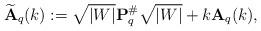
LaTeX: \begin{align*}{\bf \widetilde A}_q(k) := \sqrt{\vert W \vert} {\bf P}_q^\# \sqrt{\vert W \vert} + k{\bf A}_q(k),\end{align*}